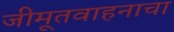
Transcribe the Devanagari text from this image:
जीमूतवाहनाचा